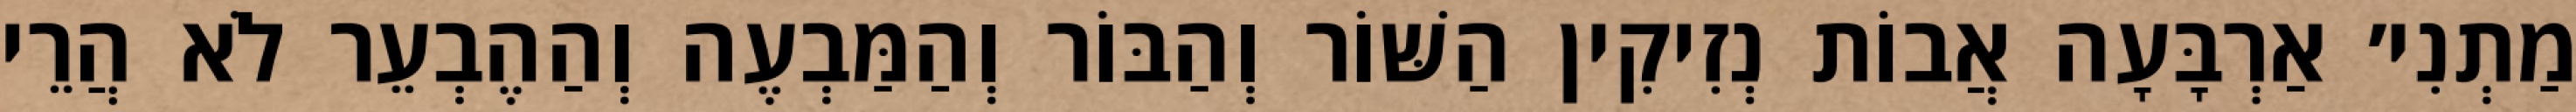
מַתְנִי׳ אַרְבָּעָה אֲבוֹת נְזִיקִין הַשּׁוֹר וְהַבּוֹר וְהַמַּבְעֶה וְהַהֶבְעֵר לֹא הֲרֵי